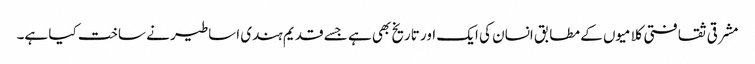
مشرقی ثقافتی کلامیوں کے مطابق انسان کی ایک اور تاریخ بھی ہے جسے قدیم ہندی اساطیر نے ساخت کیا ہے۔